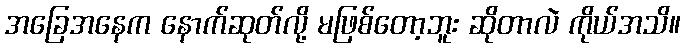
အခြေအနေက နောက်ဆုတ်လို့ မဖြစ်တော့ဘူး ဆိုတာလဲ ကိုယ်အသိ။